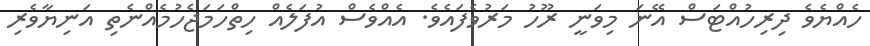
ހެއްޔެވެ ދިރިހުއްޓަސް އޭނަ މިވަނީ ރޫހު މަރުވެފައެވެ. އެއްވެސް އުފަލެއް ހިތްހަމަޖެހުމެއްނެތި އަނިޔާވެރި